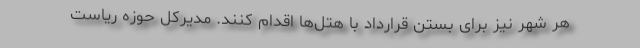
هر شهر نیز برای بستن قرارداد با هتل‌ها اقدام کنند. مدیرکل حوزه ریاست